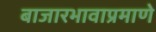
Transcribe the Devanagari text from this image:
बाजारभावाप्रमाणे